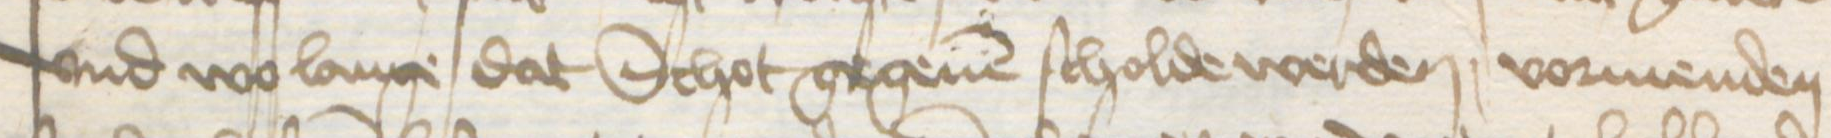
Transcription: vnd wo lange dat Schot gegeuen scholde werden vormenden